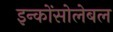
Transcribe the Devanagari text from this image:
इन्कोंसोलेबल